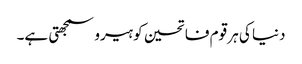
دنیا کی ہر قوم فاتحین کو ہیرو سمجھتی ہے۔